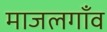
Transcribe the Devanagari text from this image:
माजलगाँव